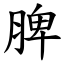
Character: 脾